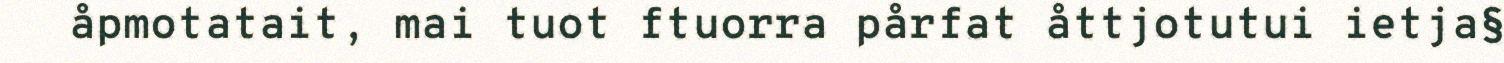
åpmotatait, mai tuot ftuorra pårfat åttjotutui ietja§